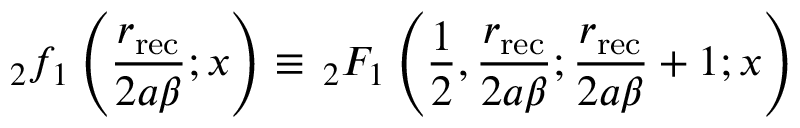
_ 2 f _ { 1 } \left( \frac { r _ { \mathrm { r e c } } } { 2 a \beta } ; x \right) \equiv \, _ { 2 } F _ { 1 } \left( \frac { 1 } { 2 } , \frac { r _ { \mathrm { r e c } } } { 2 a \beta } ; \frac { r _ { \mathrm { r e c } } } { 2 a \beta } + 1 ; x \right)